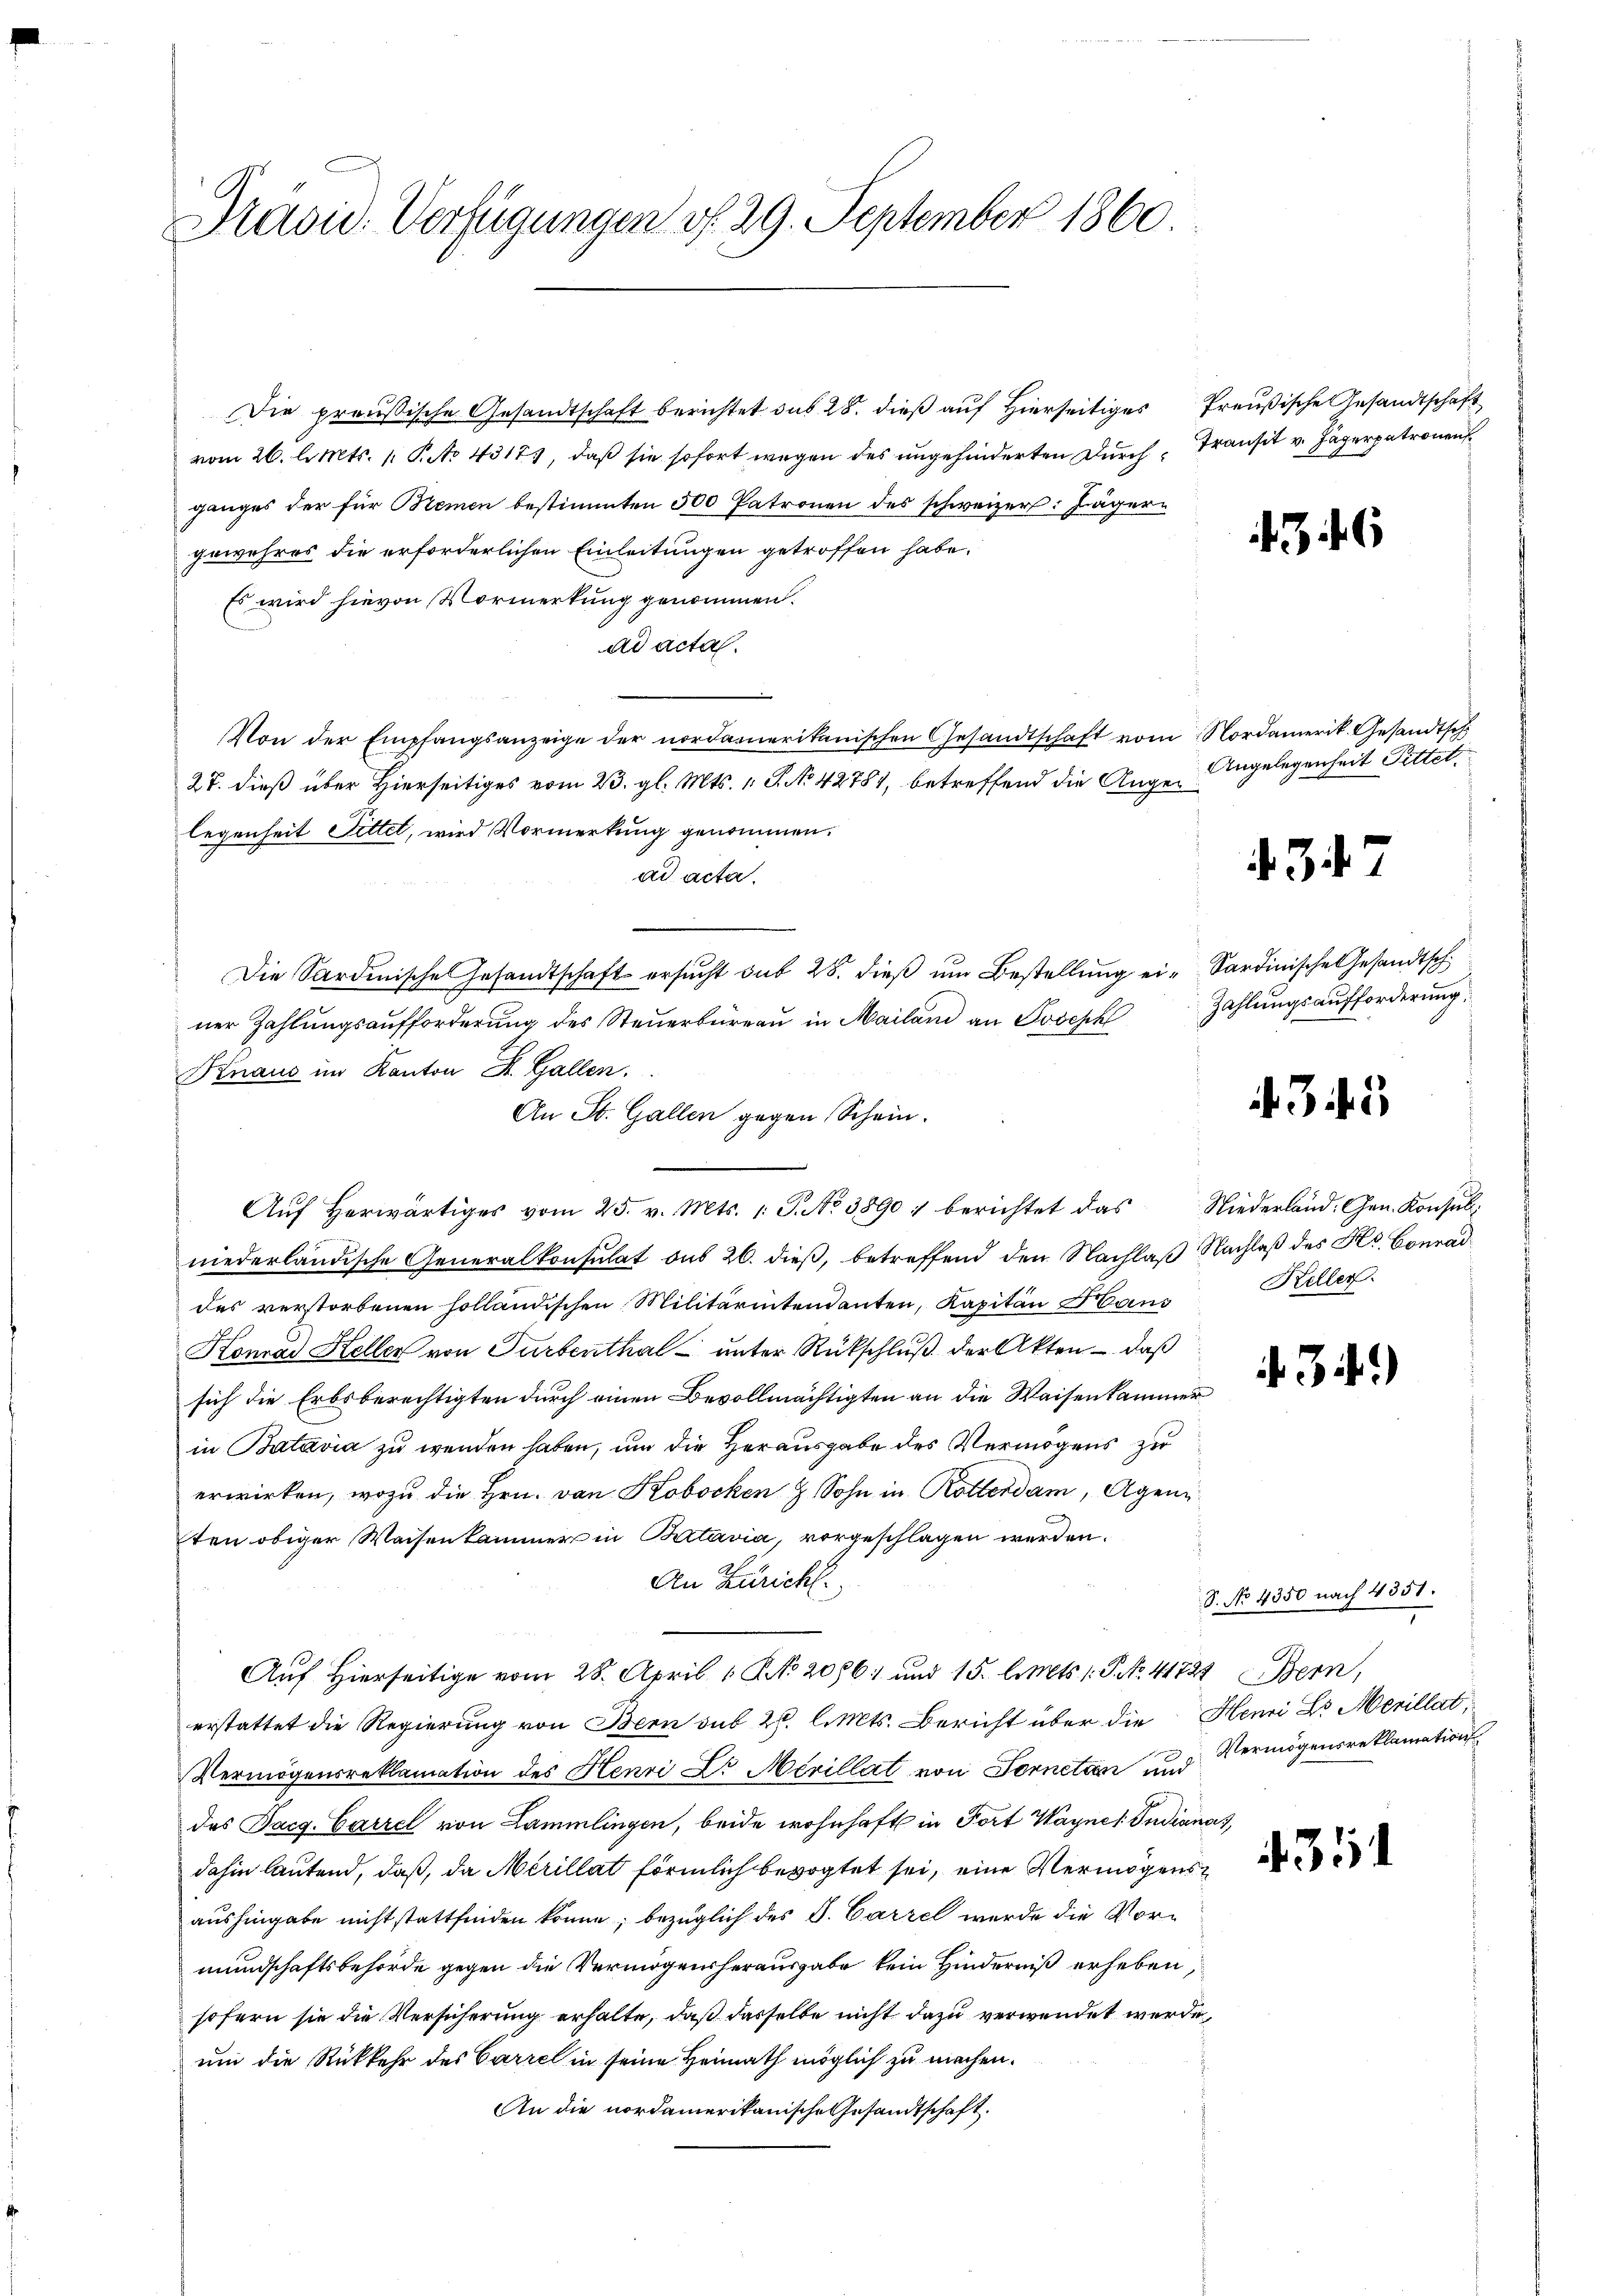
Präsid. Verfügungen v. 29. September 1860.

Die preußische Gesandtschaft berichtet sub 28. dieß auf Hierseitiges Preußische Gesandtschaft
vom 26. l. Mts. 1. P. No 43173, daß sie sofort wegen des ungehinderten Durch Transit v. Jägerpatronen
ganges der für Bremen bestimmten 500 Patronen des schweizer: Jägern
gewahres die erforderlichen Einleitungen getroffen habe.
Es wird hievon Vormerkung genommen.
ad acta.
Von der Empfangsanzeige der nordamerikanischen Gesandtschaft vom Nordamerik. Gesandtsch
27. dieß über Hierseitiges vom 23. gl. Mts. 1. P. No 42787, betreffend die Augenlegenheit Pittet, wird Vormerkung genommen.
ad acta.
Die Sardinische Gesandtschaft ersucht sub 28. dieß um Bestellung ei-Sardinische Gesandtsch
ner Zahlungsaufforderung des Steuerbüreau in Mailand an Joseph
Knaus im Kanton St. Gallen.
An St. Gallen gegen Schein.
niederländische Generalkonsulat des 26. dieß, betreffend den Nachlaß Nachlaß des Hs. Conrad
des verstorbenen holländischen Militärintendanten, Kapitän Hans
Konrad Keller von Turbenthal unter Rückschlŭβ der Akten - daß
sich die Erbsberechtigten durch einen Bevollmächtigten an die Waisenkammer
in Batavia zu wenden haben, um die Herausgabe des Vermögens zu
erwirken, wozu die Hrn. von Kobocken z. Sohn in Rotterdam, Agen
ten obiger Waisenkammer in Batavia, vorgeschlagen werden.
An Züricht.
Auf Hierseitige vom 28. April 1 NNo. 2096 und 15. l. Mts. 1. P. NNo. 41721 Bern,
erstattet die Regierung von Bern sub 2. l. Mts. Bericht über die Henri Dr. Merillat
Vermögensreklamation des Henri Dr. Merillat von Sonnetén und Vermögensreklamations
des Dacg. Carzel von Lammlingen, beide wohnhaft in Fort Wagnes Indianas,
dahin lautend, daß, da Merillat förmlich bevogtet sei, eine Vermögensaushingabe nicht stattfinden könne, bezüglich des V. Carzel werde die Vormundschaftsbehörde gegen die Vermögensherausgabe kein Hinderniß erheben,
sofern sie die Versicherung erhalte, daß dasselbe nicht dazu verwendet werde,
um die Rückkehr des Carre in seine Heimath möglich zu machen.
An die nordamerikanische Gesandtschaft.

Aŭf herwärtiges vom 25. v. Mts. 1. J. No 3890: berichtet das Niederland. Gen. Konsŭl

46

Angelegenheit Pittet.

4347

Zahlungsaufforderung

345

Keller.

.31)

S. No 4350 nach 4351.

31